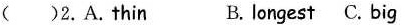
( )2.A.thin B.longest C. big